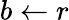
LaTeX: b\gets r